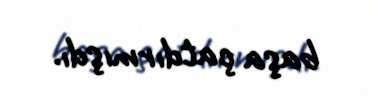
başa çatdırmışdı.